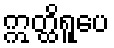
ဣတ္ထိရူပေ